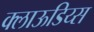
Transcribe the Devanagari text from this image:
क्लाऊडिय्स